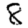
Digit: 8